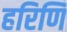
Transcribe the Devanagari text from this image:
हरिणि